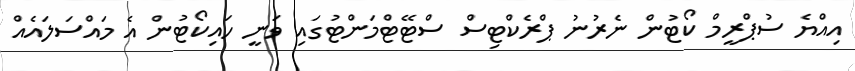
އިއްޔެ ސުޕްރީމް ކޯޓުން ނެރުނު ޕްރެކްޓިސް ސްޓޭޓްމަންޓުގައި ވަނީ ހައިކޯޓުން އެ މައްސަލައެއް